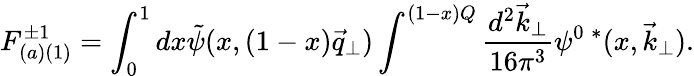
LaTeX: F_{(a)(1)}^{\pm 1}=\int_{0}^{1}dx\tilde{\psi}(x,(1-x)\vec{q}_{\perp})\int^{(1-x)Q}\frac{d^{2}\vec{k}_{\perp}}{16\pi^{3}}\psi^{0\; *}(x,\vec{k}_{\perp}).